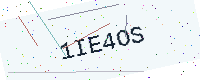
Text: 1IE4OS